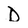
Character: D